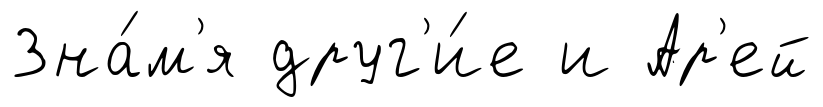
Зна́м'я друг'и́е и Ар'ей